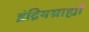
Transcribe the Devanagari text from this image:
इंद्रियग्राह्यों